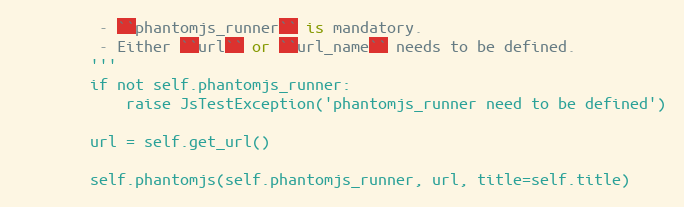
Language: Python
         - ``phantomjs_runner`` is mandatory.
         - Either ``url`` or ``url_name`` needs to be defined.
        '''
        if not self.phantomjs_runner:
            raise JsTestException('phantomjs_runner need to be defined')

        url = self.get_url()

        self.phantomjs(self.phantomjs_runner, url, title=self.title)